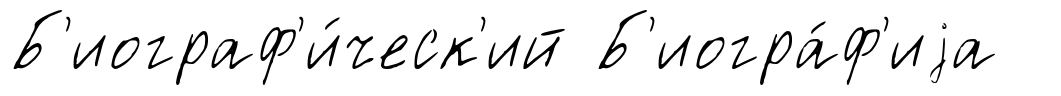
Б'иограф'и́ческ'ий Б'иогра́ф'иjа